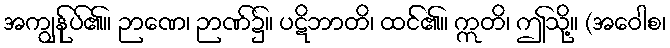
အကျွန်ုပ်၏။ ဉာဏေ၊ ဉာဏ်၌။ ပဋိဘာတိ၊ ထင်၏။ ဣတိ၊ ဤသို့။ (အဝေါစ၊